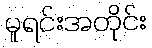
မူရင်းအတိုင်း